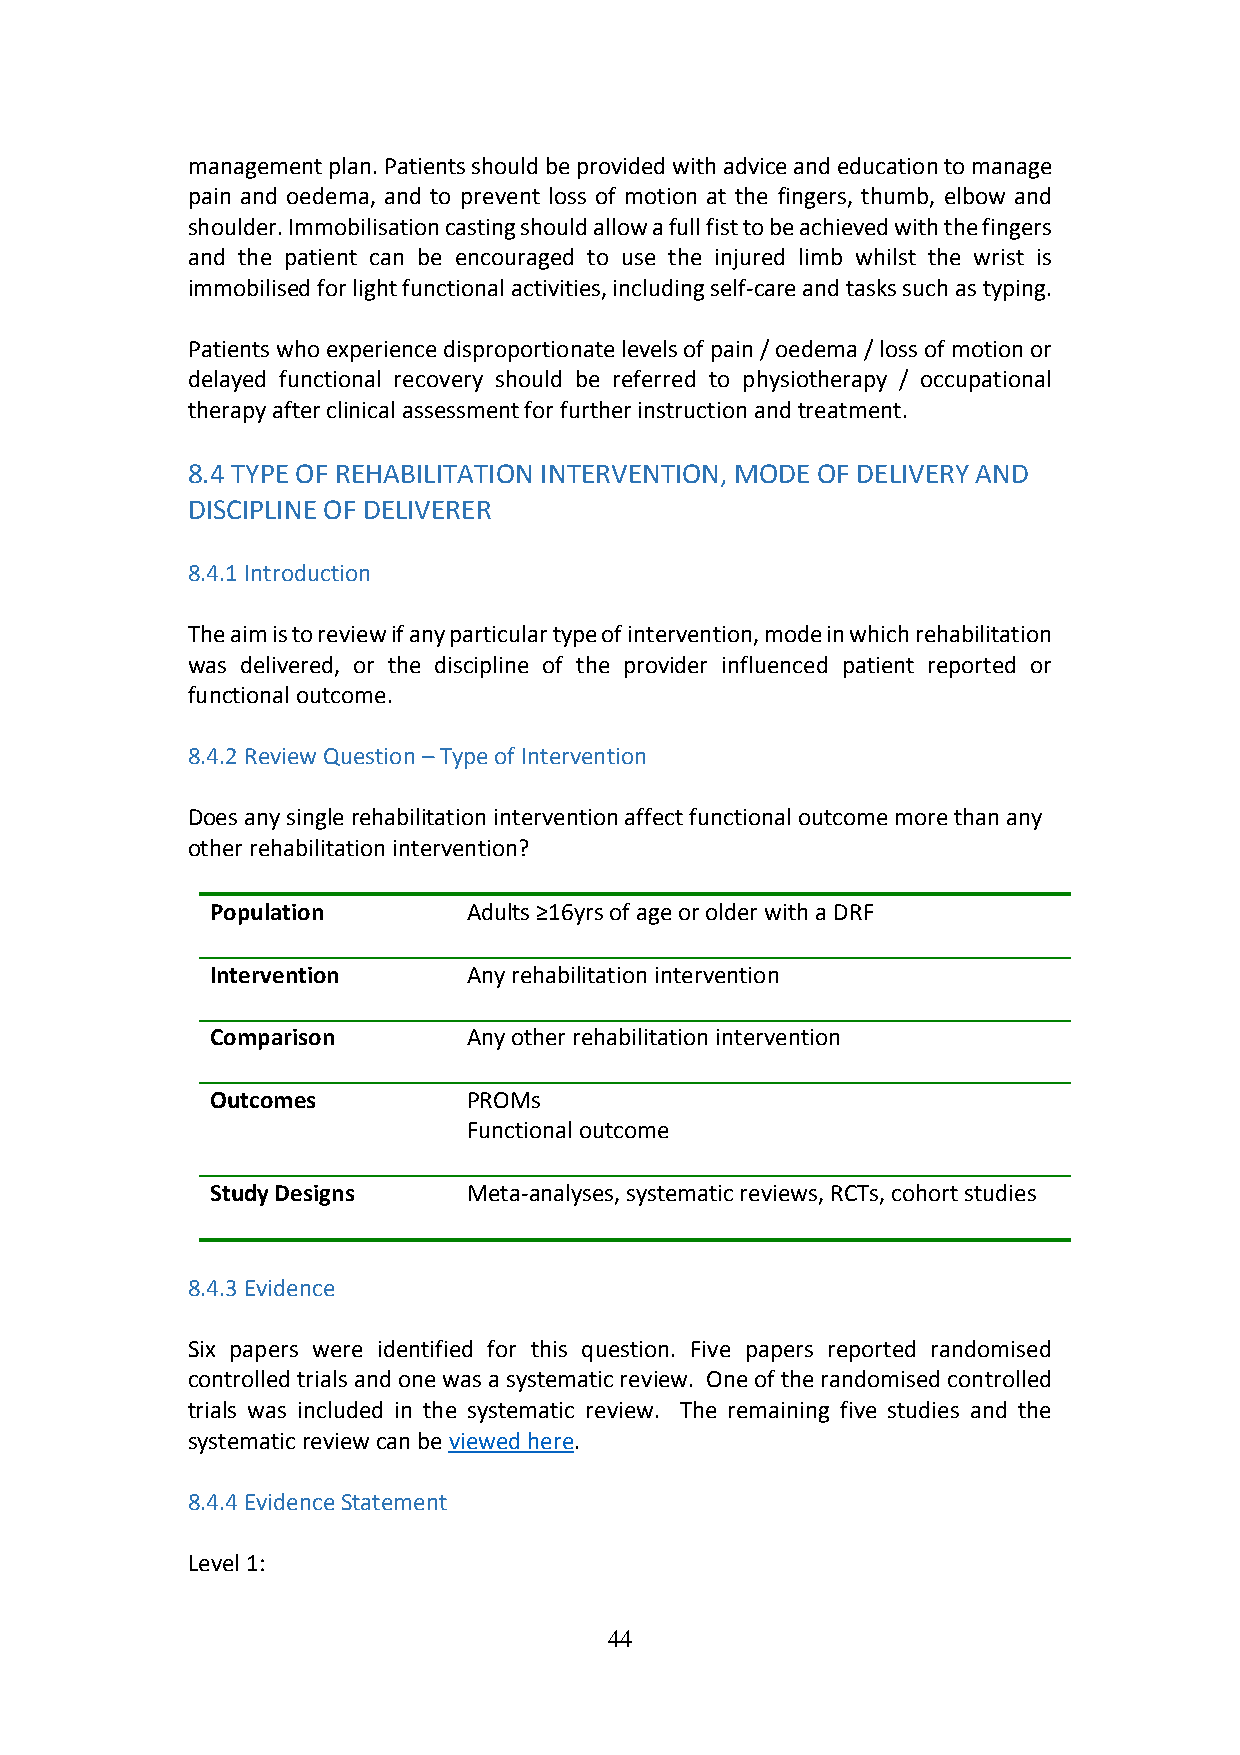
management plan. Patients should be provided with advice and education to manage
 pain and oedema, and to prevent loss of motion at the fingers, thumb, elbow and
 shoulder. Immobilisation casting should allow a full fist to be achieved with the fingers
 and the patient can be encouraged to use the injured limb whilst the wrist is
 immobilised for light functional activities, including self-care and tasks such as typing.
 Patients who experience disproportionate levels of pain / oedema / loss of motion or
 delayed functional recovery should be referred to physiotherapy / occupational
 therapy after clinical assessment for further instruction and treatment.
 8.4 TYPE OF REHABILITATION INTERVENTION, MODE OF DELIVERY AND
 DISCIPLINE OF DELIVERER
 8.4.1 Introduction
 The aim is to review if any particular type of intervention, mode in which rehabilitation
 was delivered, or the discipline of the provider influenced patient reported or
 functional outcome.
 8.4.2 Review Question – Type of Intervention
 Does any single rehabilitation intervention affect functional outcome more than any
 other rehabilitation intervention?
 Population       Adults ≥16yrs of age or older with a DRF
 Intervention     Any rehabilitation intervention
 Comparison       Any other rehabilitation intervention
 Outcomes         PROMs
 Functional outcome
 Study Designs    Meta-analyses, systematic reviews, RCTs, cohort studies
 8.4.3 Evidence
 Six papers were identified for this question. Five papers reported randomised
 controlled trials and one was a systematic review. One of the randomised controlled
 trials was included in the systematic review. The remaining five studies and the
 systematic review can be viewed here.
 8.4.4 Evidence Statement
 Level 1:
 44